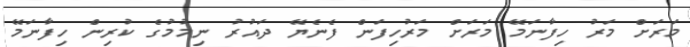
މަރަށް މަރު ހިފާނަމޭ މަރަށް މަރުހިފަން ފެނެޔޭ ދައުރު ނިމުމުގެ ކުރިން ހިފާނަމޭ